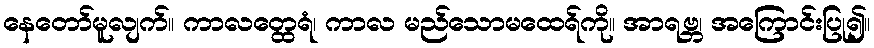
နေတော်မူလျက်။ ကာလတ္ထေရံ၊ ကာလ မည်သောမထေရ်ကို။ အာရဗ္ဘ၊ အကြောင်းပြု၍။